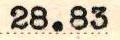
28.83